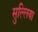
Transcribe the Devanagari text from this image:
सुल्लिया